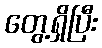
တွေ့ရှိပြီး